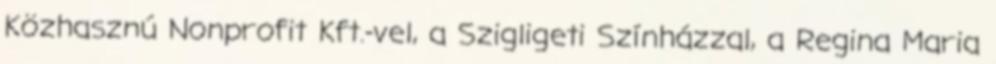
Közhasznú Nonprofit Kft.-vel, a Szigligeti Színházzal, a Regina Maria